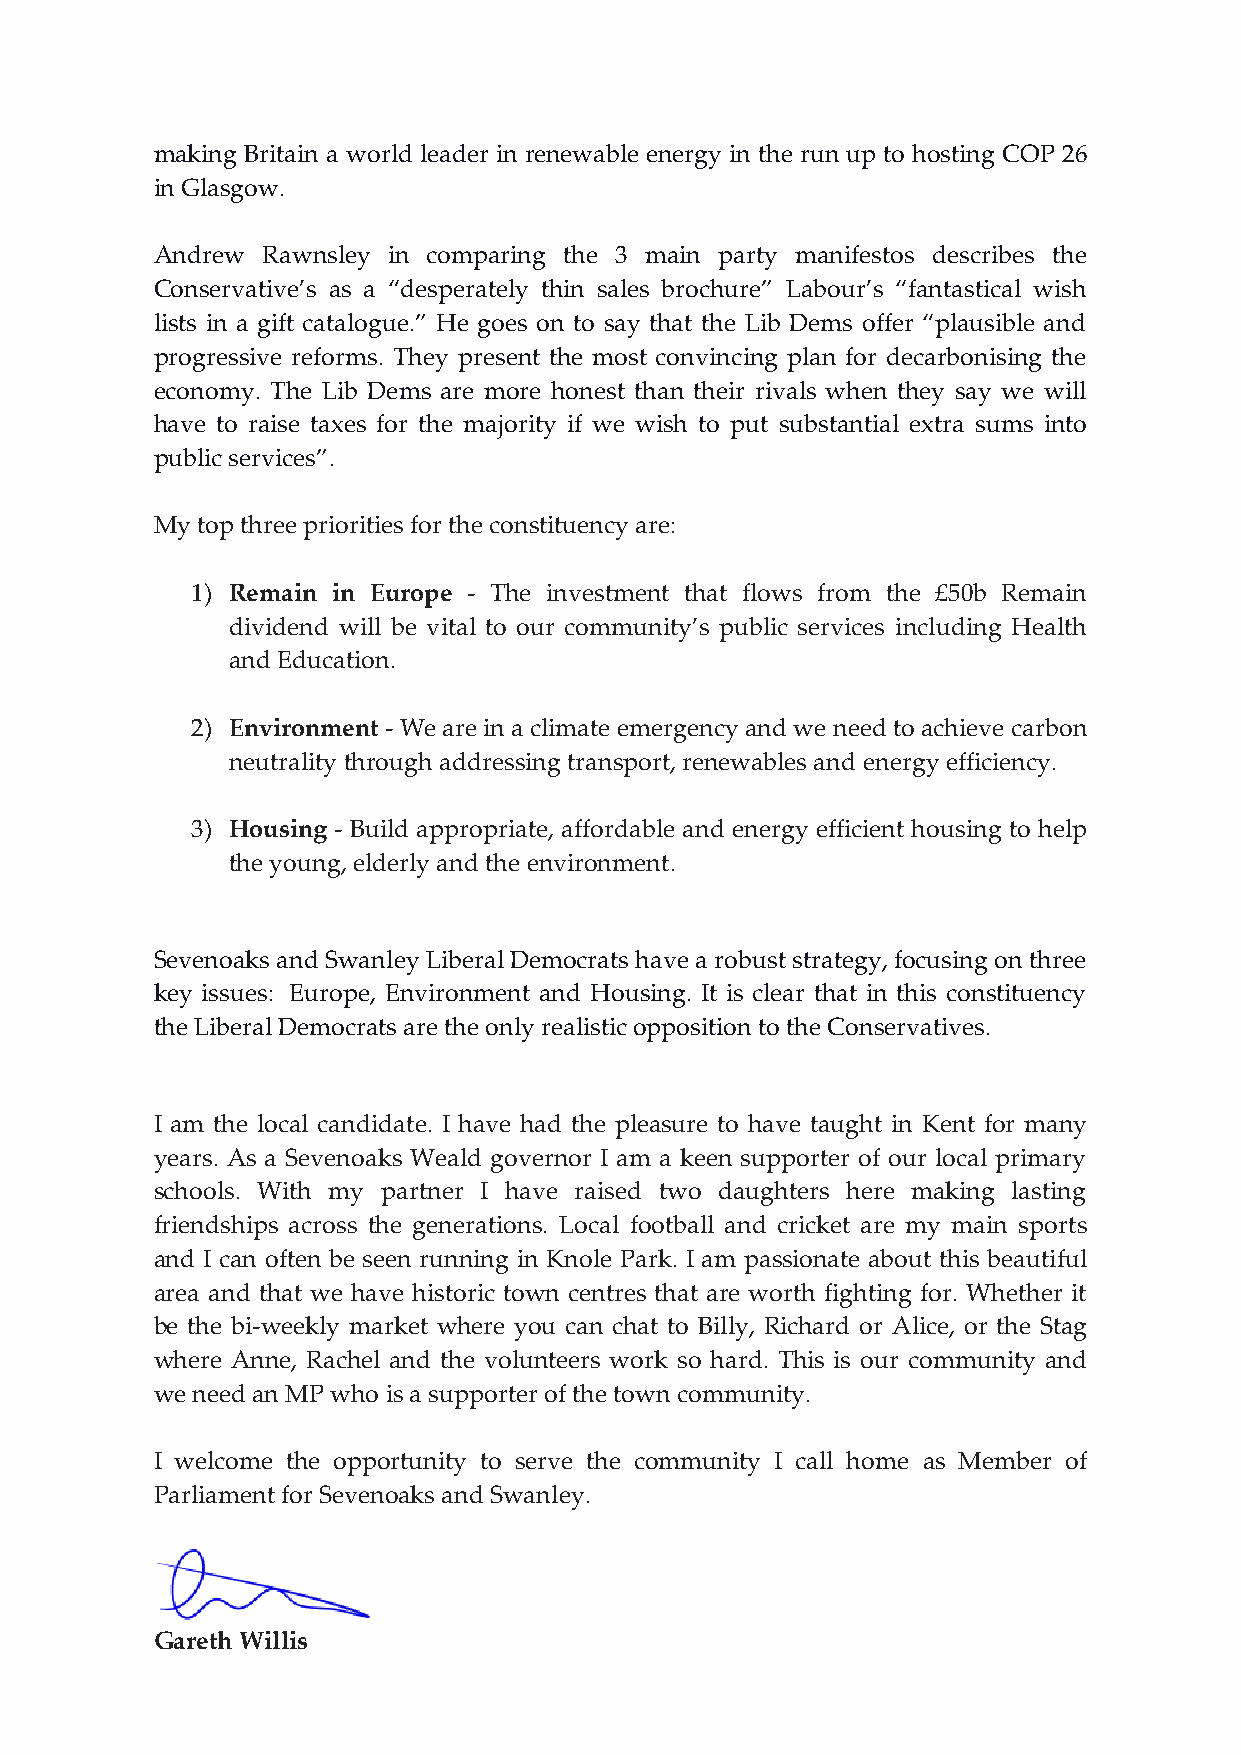
making Britain a world leader in renewable energy in the run up to hosting COP 26
 in Glasgow.
 Andrew Rawnsley in comparing the 3 main party manifestos describes the
 Conservative’s as a “desperately thin sales brochure” Labour’s “fantastical wish
 lists in a gift catalogue.” He goes on to say that the Lib Dems offer “plausible and
 progressive reforms. They present the most convincing plan for decarbonising the
 economy. The Lib Dems are more honest than their rivals when they say we will
 have to raise taxes for the majority if we wish to put substantial extra sums into
 public services”.
 My top three priorities for the constituency are:
 1) Remain in Europe - The investment that flows from the £50b Remain
 dividend will be vital to our community’s public services including Health
 and Education.
 2) Environment - We are in a climate emergency and we need to achieve carbon
 neutrality through addressing transport, renewables and energy efficiency.
 3) Housing - Build appropriate, affordable and energy efficient housing to help
 the young, elderly and the environment.
 Sevenoaks and Swanley Liberal Democrats have a robust strategy, focusing on three
 key issues: Europe, Environment and Housing. It is clear that in this constituency
 the Liberal Democrats are the only realistic opposition to the Conservatives.
 I am the local candidate. I have had the pleasure to have taught in Kent for many
 years. As a Sevenoaks Weald governor I am a keen supporter of our local primary
 schools. With my partner I have raised two daughters here making lasting
 friendships across the generations. Local football and cricket are my main sports
 and I can often be seen running in Knole Park. I am passionate about this beautiful
 area and that we have historic town centres that are worth fighting for. Whether it
 be the bi-weekly market where you can chat to Billy, Richard or Alice, or the Stag
 where Anne, Rachel and the volunteers work so hard. This is our community and
 we need an MP who is a supporter of the town community.
 I welcome the opportunity to serve the community I call home as Member of
 Parliament for Sevenoaks and Swanley.
 Gareth Willis